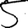
Digit: 5